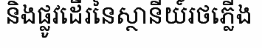
និងផ្លូវដើរនៃស្ថានីយ៍រថភ្លើង